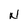
Character: N